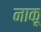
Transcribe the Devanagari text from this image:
नाकू